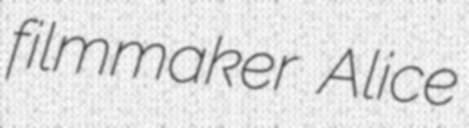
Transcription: filmmaker Alice